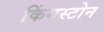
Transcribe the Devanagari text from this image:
किंगस्टोन